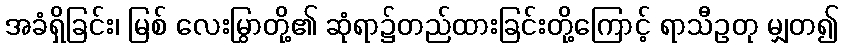
အခံရှိခြင်း၊ မြစ် လေးမြွာတို့၏ ဆုံရာ၌တည်ထားခြင်းတို့ကြောင့် ရာသီဥတု မျှတ၍